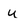
Character: u